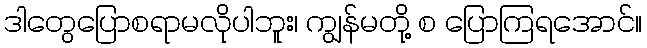
ဒါတွေပြောစရာမလိုပါဘူး၊ ကျွန်မတို့ စ ပြောကြရအောင်။